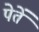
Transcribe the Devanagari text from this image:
पेतें